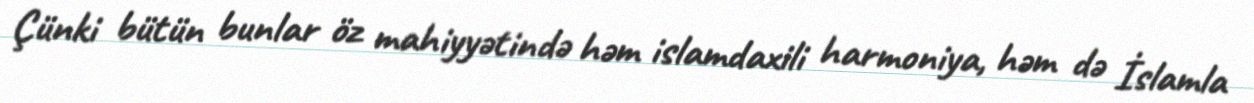
Çünki bütün bunlar öz mahiyyətində həm islamdaxili harmoniya, həm də İslamla